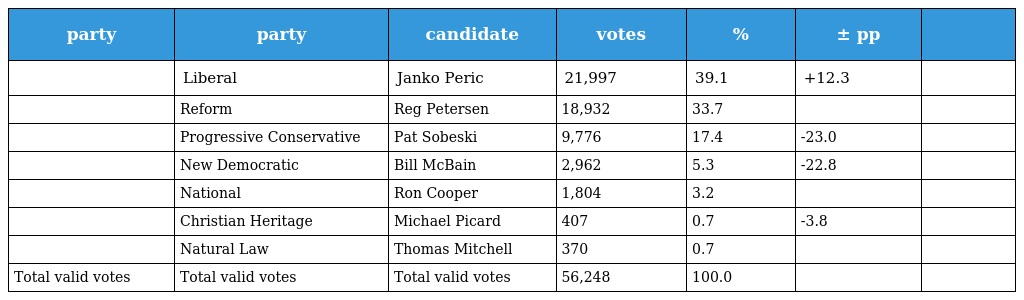
| party | party | candidate | votes | % | ± pp |  |
 | --- | --- | --- | --- | --- | --- | --- |
 |  | Liberal | Janko Peric | 21,997 | 39.1 | +12.3 |  |
 |  | Reform | Reg Petersen | 18,932 | 33.7 |  |  |
 |  | Progressive Conservative | Pat Sobeski | 9,776 | 17.4 | -23.0 |  |
 |  | New Democratic | Bill McBain | 2,962 | 5.3 | -22.8 |  |
 |  | National | Ron Cooper | 1,804 | 3.2 |  |  |
 |  | Christian Heritage | Michael Picard | 407 | 0.7 | -3.8 |  |
 |  | Natural Law | Thomas Mitchell | 370 | 0.7 |  |  |
 | Total valid votes | Total valid votes | Total valid votes | 56,248 | 100.0 |  |  |